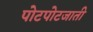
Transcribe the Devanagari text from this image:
पोटपोटजाती